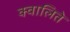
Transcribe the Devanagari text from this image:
क्वालिते